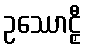
ဥဿောဠှီ